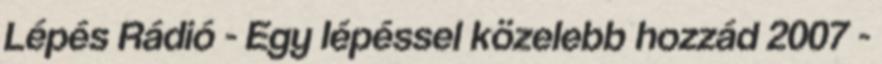
Lépés Rádió - Egy lépéssel közelebb hozzád 2007 -